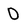
Character: 0